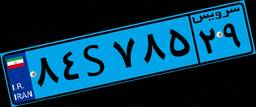
۶۵S۵۴۵۸۲